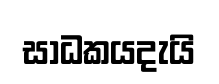
සාධකයදැයි